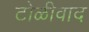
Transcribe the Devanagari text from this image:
टोळीवाद